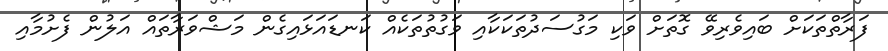
ފަރާތްތަކަށް ބައިވެރިވޭ ގޮތަށް ވަކި މަގުސަދުތަކަކާއި ވަގުތުތަކެއް ކަނޑައަޅައިގެން މަޝްވަރާތައް އަލުން ފެށުމާއި